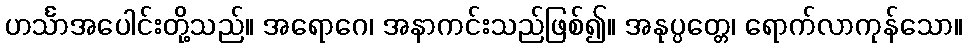
ဟင်္သာအပေါင်းတို့သည်။ အရောဂေ၊ အနာကင်းသည်ဖြစ်၍။ အနုပ္ပတ္တေ၊ ရောက်လာကုန်သော။